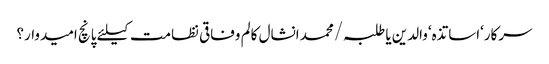
سرکار‘اساتذہ‘والدین یا طلبہ/محمد انشال	کالم	وفاقی نظامت کیلئے پانچ امیدوار؟